Investigations on Bengal jail dietaries - Number 37
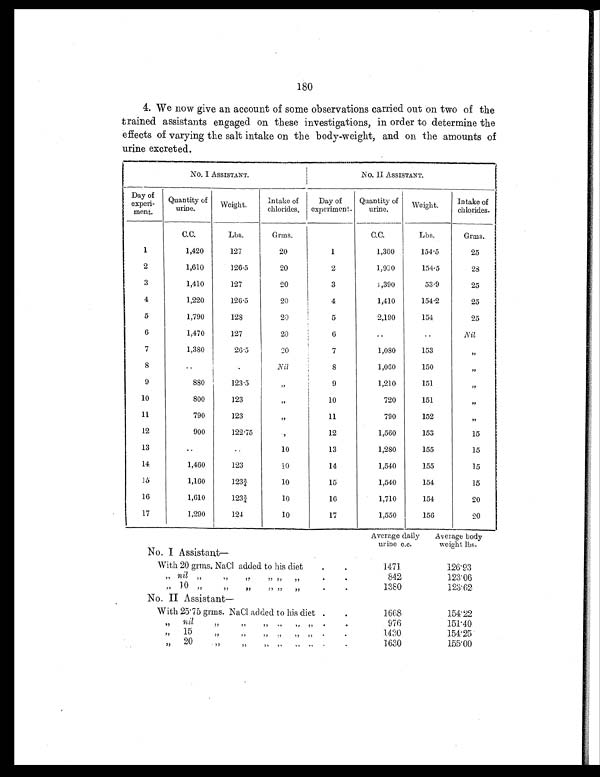
180
4. We now give an account of some observations carried out on two of the
trained assistants engaged on these investigations, in order to determine the
effects of varying the salt intake on the body-weight, and on the amounts of
urine excreted.
No. I ASSISTANT.
No. II ASSISTANT.
Day of
experi-
ment.
Quantity of
urine.
Weight.
Intake of
chlorides.
Day of
experiment.
Quantity of
urine.
Weight .
Intake of
chlorides.
C.C.
Lbs.
Grms.
C.C.
Lbs.
Grms.
1
1,420
127
20
1
1,360
154.5
25
2
1,610
126.5
20
2
1,990
154.5
28
3
1,410
127
20
3
1 , 3 9 0
53.9
25
4
1,220
126.5
20
4
1,410
154.2
25
5
1,790
128
20
5
2,190
154
25
6
1,470
127
20
6
..
..
Nil
7
1,380
26.5
20
7
1,080
153
, ,
8
. .
.
Nil
8
1,060
150
„
9
880
123.5
„
9
1,210
151
,,
10
800
123
, ,
10
720
151
, ,
11
790
123
, ,
11
790
152
, ,
12
900
122.75
, ,
12
1,560
153
15
13
. .
..
10
13
1,280
155
15
14
1,460
123
10
14
1,540
155
15
15
1,160
123¾
10
15
1,540
154
15
16
1,610
123¾
10
16
1,710
154
20
17
1,290
124
10
17
1,550
156
20
Average daily
urine c.c.
Average body
weight lbs.
No. I Assistant—
With 20 grms. NaCl added to his diet .
.
1471
1 2 6 . 9 3
,,
nil „
,, ,,
,, ,,
,,
.
.
842
123.06
,, 10 ,,
„
, ,
,, ,,
,,
.
.
1380
123.62
No. II Assistant—
With 25.75 grms. NaCl added to his diet
. .
1668
1 5 4 . 2 2
,,
nil
, ,
,,
, , ,,
,, , ,
. .
9 7 6
1 5 1 . 4 0
,,
15
,,
,,
, , ,, ,, , ,
.
.
1430
1 5 4 . 2 5
„
20
,,
,,
,,
,, ,, ,, .
.
1630
1 5 5 . 0 0